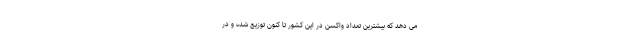
می دهد که بیشترین تعداد واکسن در این کشور تا کنون توزیع شده و در